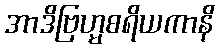
အာဒိဗြဟ္မစရိယကာနိ